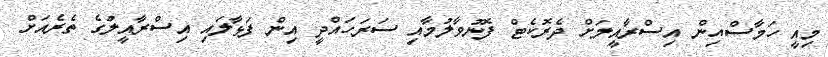
މިއީ ހަމާސްއިން އިސްރާއީލަށް ދެރޮކެޓް ފޮނުވާލުމާއި ސަރަހައްދީ އިން ފަޅާލައި އިސްރާއީލުގެ ތެރެއަށް